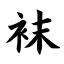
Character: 袜